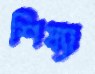
শিষ্যা